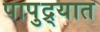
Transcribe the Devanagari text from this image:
पापुद्र्यात